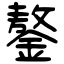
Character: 鏊